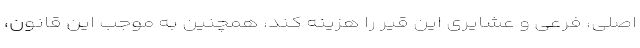
اصلی، فرعی و عشایری این قیر را هزینه کند، همچنین به موجب این قانون،